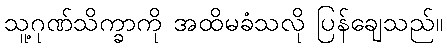
သူ့ဂုဏ်သိက္ခာကို အထိမခံသလို ပြန်ချေသည်။